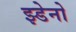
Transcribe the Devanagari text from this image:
झ्डेनो